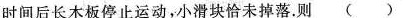
时间后长木板停止运动，小滑块恰未掉落。则( )